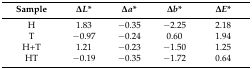
| Sample | ΔL* | Δa* | Δb* | ΔE* |
 | --- | --- | --- | --- | --- |
 | H | 1.83 | −0.35 | −2.25 | 2.18 |
 | T | −0.97 | −0.24 | 0.60 | 1.94 |
 | H+T | 1.21 | −0.23 | −1.50 | 1.25 |
 | HT | −0.19 | −0.35 | −1.72 | 0.64 |